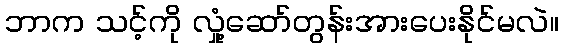
ဘာက သင့်ကို လှုံ့ဆော်တွန်းအားပေးနိုင်မလဲ။